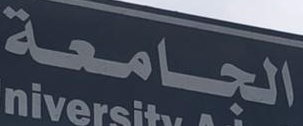
الجامعة